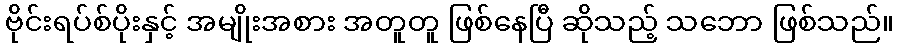
ဗိုင်းရပ်စ်ပိုးနှင့် အမျိုးအစား အတူတူ ဖြစ်နေပြီ ဆိုသည့် သဘော ဖြစ်သည်။